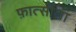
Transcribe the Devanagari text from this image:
फ़ात्सीला